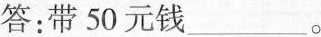
答：带50元钱___。